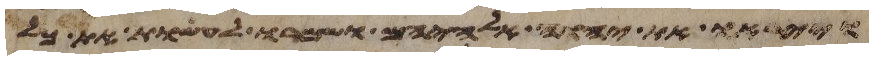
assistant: וייראו את יהוה אלהיכם ושמרו לעשות את כל